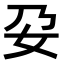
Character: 𭑩